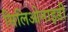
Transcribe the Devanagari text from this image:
सिलिओनाइडी